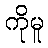
ကိုမူ